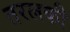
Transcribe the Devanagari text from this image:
तरलकी